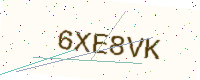
Text: 6XE8VK